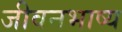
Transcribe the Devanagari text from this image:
जीवनभाष्य